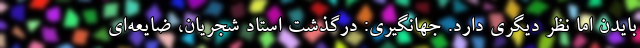
بایدن اما نظر دیگری دارد. جهانگیری: درگذشت استاد شجریان، ضایعه‌ای